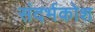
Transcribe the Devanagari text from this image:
संदर्भकोश